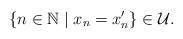
LaTeX: \begin{align*}\left\{ n\in\mathbb{N}\mid x_{n}=x_{n}^{\prime}\right\} \in\mathcal{U}.\end{align*}